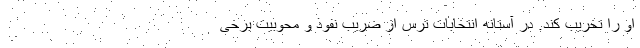
او را تخریب کند. در آستانه انتخابات ترس از ضریب نفوذ و محوبیت برخی